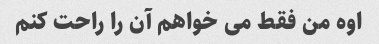
اوه من فقط می خواهم آن را راحت کنم